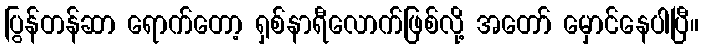
ပြွန်တန်ဆာ ရောက်တော့ ရှစ်နာရီလောက်ဖြစ်လို့ အတော် မှောင်နေပါပြီ။